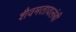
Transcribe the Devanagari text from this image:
शैवमतावलंबी